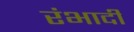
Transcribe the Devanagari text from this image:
रंभादी